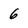
Character: 6